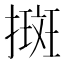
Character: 𢴬